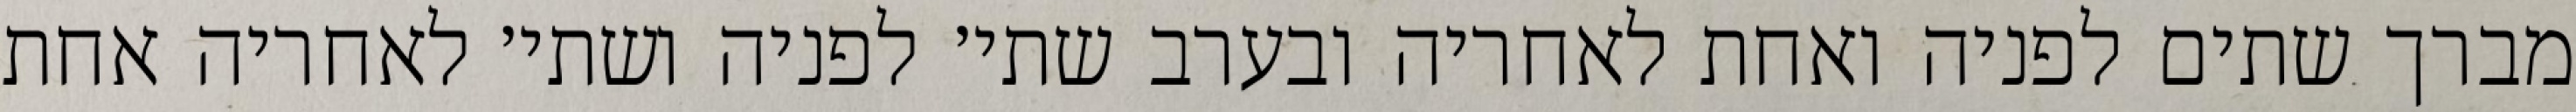
מברך שתים לפניה ואחת לאחריה ובערב שתי׳ לפניה ושתי׳ לאחריה אחת